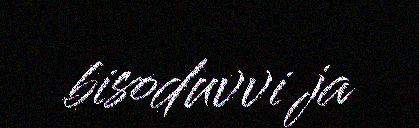
bisoduvvi ja